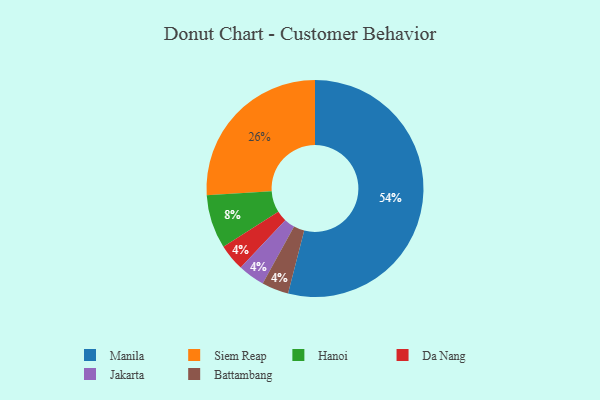
{"axis": {"x": "Category", "y": "Percentage"}, "legend": ["Battambang", "Da Nang", "Hanoi", "Jakarta", "Manila", "Siem Reap"], "data": [{"x": "Da Nang", "y": 4, "type": "Da Nang"}, {"x": "Jakarta", "y": 4, "type": "Jakarta"}, {"x": "Siem Reap", "y": 26, "type": "Siem Reap"}, {"x": "Battambang", "y": 4, "type": "Battambang"}, {"x": "Manila", "y": 54, "type": "Manila"}, {"x": "Hanoi", "y": 8, "type": "Hanoi"}]}